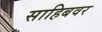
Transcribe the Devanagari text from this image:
साहिबवर